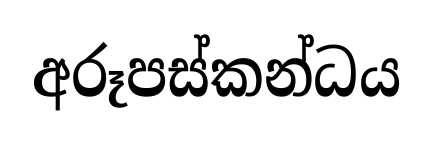
අරූපස්කන්ධය